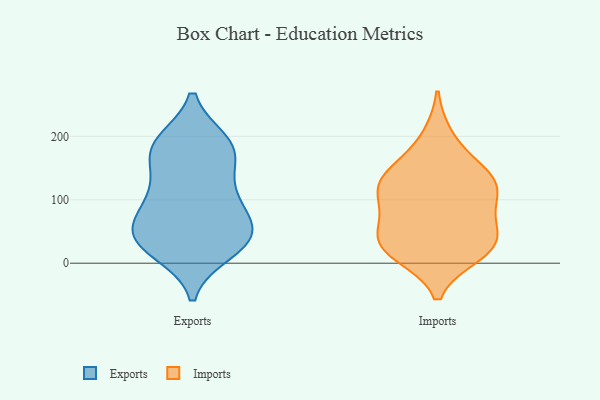
{"axis": {"x": "Operating Costs (USD K)", "y": "Value"}, "legend": ["Exports", "Imports"], "data": [{"x": "", "y": 190, "type": "Exports"}, {"x": "", "y": 170, "type": "Exports"}, {"x": "", "y": 185, "type": "Exports"}, {"x": "", "y": 58, "type": "Exports"}, {"x": "", "y": 114, "type": "Exports"}, {"x": "", "y": 46, "type": "Exports"}, {"x": "", "y": 117, "type": "Exports"}, {"x": "", "y": 19, "type": "Exports"}, {"x": "", "y": 28, "type": "Exports"}, {"x": "", "y": 32, "type": "Exports"}, {"x": "", "y": 101, "type": "Exports"}, {"x": "", "y": 48, "type": "Exports"}, {"x": "", "y": 177, "type": "Exports"}, {"x": "", "y": 79, "type": "Exports"}, {"x": "", "y": 43, "type": "Exports"}, {"x": "", "y": 184, "type": "Exports"}, {"x": "", "y": 142, "type": "Imports"}, {"x": "", "y": 199, "type": "Imports"}, {"x": "", "y": 119, "type": "Imports"}, {"x": "", "y": 35, "type": "Imports"}, {"x": "", "y": 15, "type": "Imports"}, {"x": "", "y": 33, "type": "Imports"}, {"x": "", "y": 118, "type": "Imports"}, {"x": "", "y": 128, "type": "Imports"}, {"x": "", "y": 25, "type": "Imports"}, {"x": "", "y": 102, "type": "Imports"}, {"x": "", "y": 149, "type": "Imports"}, {"x": "", "y": 23, "type": "Imports"}, {"x": "", "y": 62, "type": "Imports"}, {"x": "", "y": 77, "type": "Imports"}]}